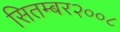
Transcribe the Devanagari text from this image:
सितम्बर२००८